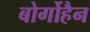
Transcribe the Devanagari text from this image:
बोर्गोहैन